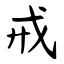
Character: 戒